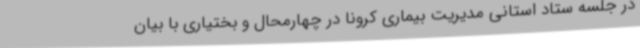
در جلسه ستاد استانی مدیریت بیماری کرونا در چهارمحال و بختیاری با بیان